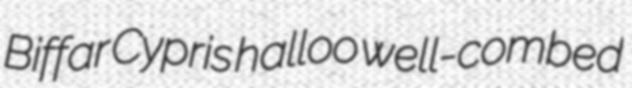
Biffar Cypris halloo well-combed